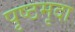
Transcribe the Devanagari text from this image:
पृष्ठमृदा